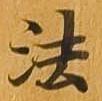
法